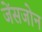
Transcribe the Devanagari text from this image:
जेंसजोन